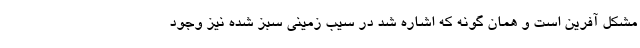
مشكل آفرين است و همان گونه كه اشاره شد در سيب زميني سبز شده نيز وجود